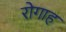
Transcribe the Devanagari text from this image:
रोगाह